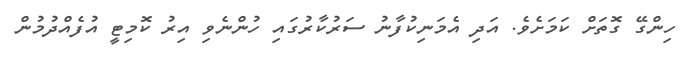
ހިންގޭ ގޮތަށް ކަމަށެވެ. އަދި އެމަނިކުފާނު ސަރުކާރުގައި ހުންނެވި އިރު ކޮމިޓީ އުފެއްދުމުން